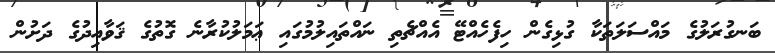
ބަނގުރަލުގެ މައްސަލަތަކާ ގުޅިގެން ހިފެހެއްޓޭ އެއްޗެތި ނައްތައިލުމުގައި ޢަމަލުކުރާނެ ގޮތުގެ ޤަވާއިދުގެ ދަށުން